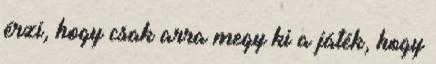
érzi, hogy csak arra megy ki a játék, hogy